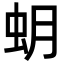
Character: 蚏